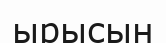
ырысын